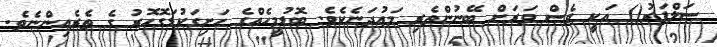
ސަލްފަރު() އަކީ ވެސް ވަރަށް ބޭނުންތެރި މަޢުދަނެކެވެ. ބޮޑުމީހެއްގެ ހަށިގަކުޑަގޮހޮރު ގެ ތެރެއިންނެވެ.